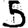
Digit: 5